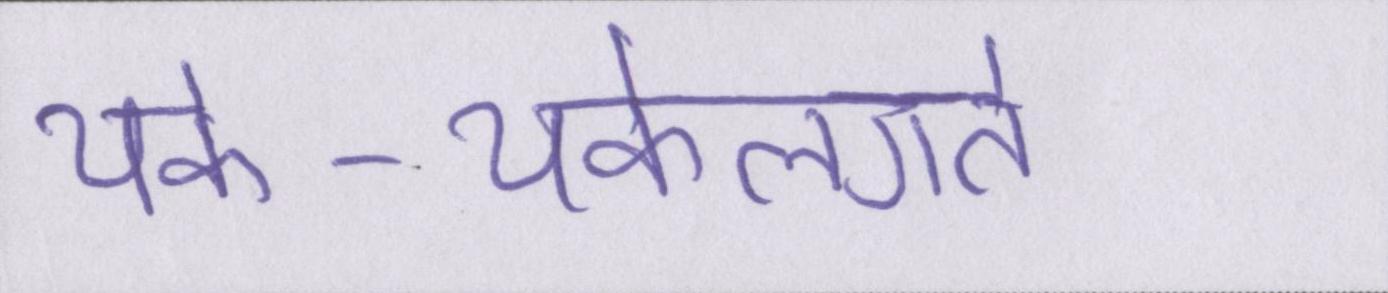
थके-थकेलगते